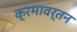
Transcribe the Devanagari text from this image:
क्रमावर्तन